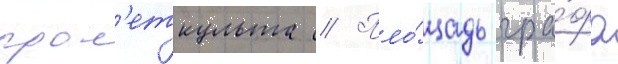
прол'еткульта // Пло́щадь гра́фа